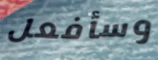
وسأفعل